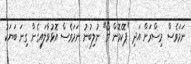
ނަމަވެސް މިސްރަށް އަދި "ޕޮކެމޮން ގޯ" ނުލިބުނު ނަމަވެސް އޮޅުވާލައިގެން ގިނަ ބަޔަކު